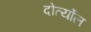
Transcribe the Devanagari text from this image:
दोर्त्योल